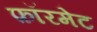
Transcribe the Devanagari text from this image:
फ़ॉरमेट